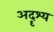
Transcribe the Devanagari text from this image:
अदॄश्य